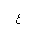
Letter: _ayn